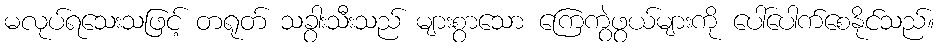
မလုပ်ရသေးသဖြင့် တရုတ် သခွားသီးသည် များစွာသော ကြေကွဲဖွယ်များကို ပေါ်ပေါက်စေနိုင်သည်။